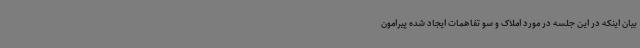
بیان اینکه در این جلسه در مورد املاک و سو تفاهمات ایجاد شده پیرامون